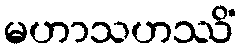
မဟာသဟဿိံ